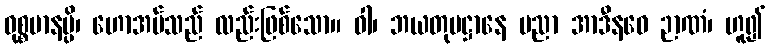
ဝုစ္စမာနမ္ပိ၊ ဟောအပ်သည် လည်းဖြစ်သော။ ဝါ၊ ဘယတုပဋ္ဌာနေ ပညာ အာဒီနဝေ ဉာဏံ၊ ဟူ၍